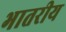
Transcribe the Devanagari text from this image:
भातरीय